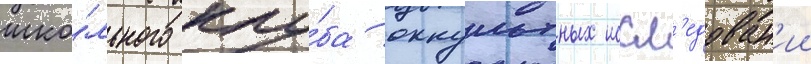
шко́льного клу́ба оккультных иссл'едован'ии